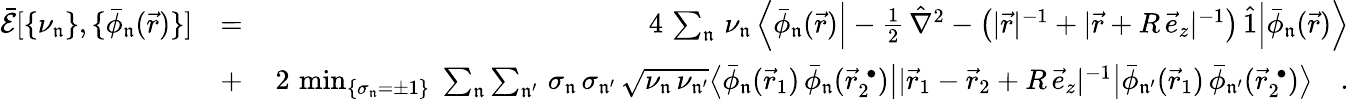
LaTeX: \begin{array}{rlr}{\mathcal{\bar{E}}[\{ \nu_{\mathfrak{n}}\} ,\{ \bar{\phi}_{\mathfrak{n}}(\vec{r})\} ]}&{=}&{4\, \sum_{\mathfrak{n}}\, \nu_{\mathfrak{n}}\, \Big\langle\bar{\phi}_{\mathfrak{n}}(\vec{r})\Big|-\frac{1}{2}\, \hat{\nabla}^{2}-\big(|\vec{r}|^{-1}+|\vec{r}+R\, \vec{e}_{z}|^{-1}\big)\, \hat{1}\Big|\bar{\phi}_{\mathfrak{n}}(\vec{r})\Big\rangle}\\ &{+}&{\, 2\, \operatorname*{min}_{\{ \sigma_{\mathfrak{n}}=\pm 1\} }\; \sum_{\mathfrak{n}}\sum_{\mathfrak{n^{\prime}}}\, \sigma_{\mathfrak{n}}\, \sigma_{\mathfrak{n^{\prime}}}\, \sqrt{\nu_{\mathfrak{n}}\, \nu_{\mathfrak{n^{\prime}}}}\big\langle\bar{\phi}_{\mathfrak{n}}(\vec{r}_{1})\, \bar{\phi}_{\mathfrak{n}}(\vec{r}_{2}^{\; \bullet})\big||\vec{r}_{1}-\vec{r}_{2}+R\, \vec{e}_{z}|^{-1}\big|\bar{\phi}_{\mathfrak{n^{\prime}}}(\vec{r}_{1})\, \bar{\phi}_{\mathfrak{n^{\prime}}}(\vec{r}_{2}^{\; \bullet})\big\rangle\quad.}\end{array}